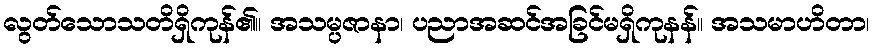
လွတ်သောသတိရှိကုန်၏။ အသမ္ပဇာနာ၊ ပညာအဆင်အခြင်မရှိကုနန်။ အသမာဟိတာ၊